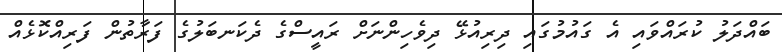
ބައްދަލު ކުރައްވައި އެ ގައުމުގައި ދިރިއުޅޭ ދިވެހިންނަށް ރައީސްގެ ދެކަނބަލުގެ ފަރާތުން ފަރިއްކޮޅެއް